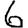
Digit: 6